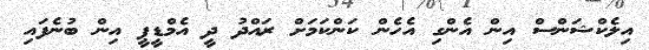
އިލެކްޝަންސް އިން އެންގި އެހެން ކަންކަމަށް ރައްދު ދީ އެމްޑީޕީ އިން ބުނެފައި